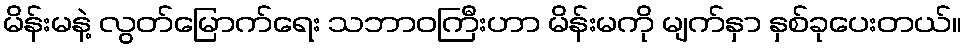
မိန်းမနဲ့ လွတ်မြောက်ရေး သဘာဝကြီးဟာ မိန်းမကို မျက်နှာ နှစ်ခုပေးတယ်။